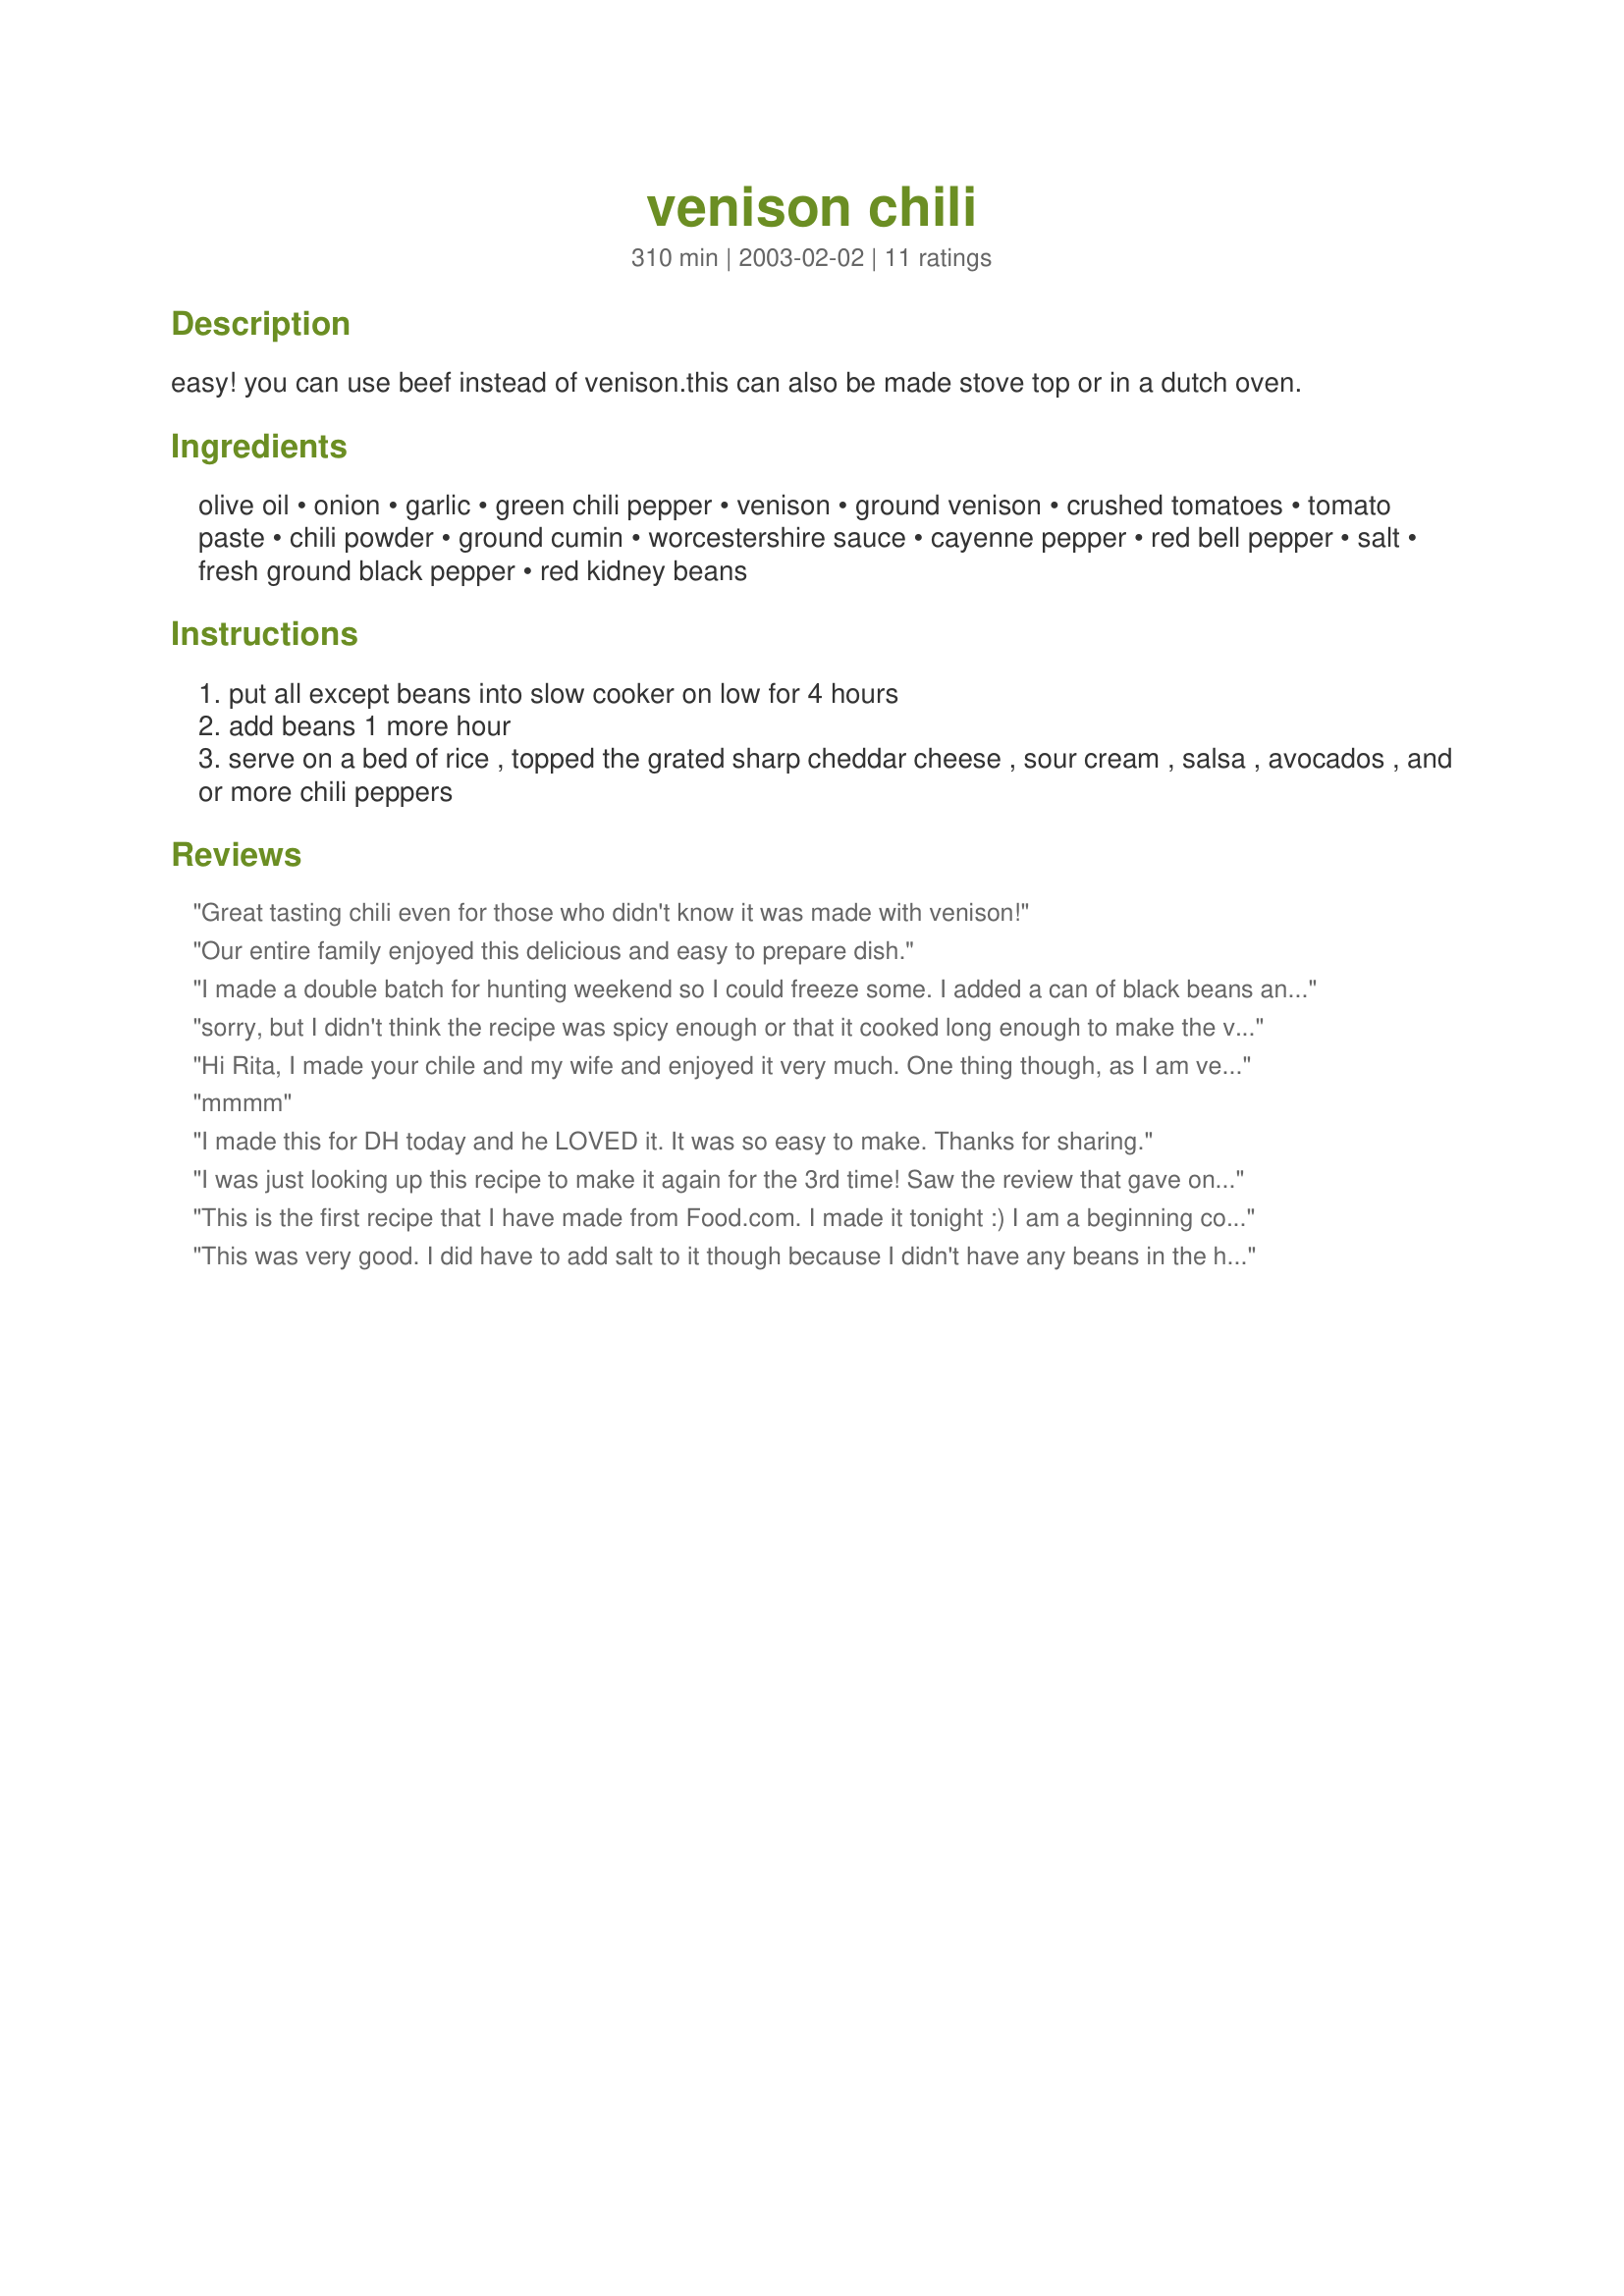
venison chili
Preparation time: 310 minutes

easy! you can use beef instead of venison.this can also be made stove top or in a dutch oven.

Ingredients:
olive oil, onion, garlic, green chili pepper, venison, ground venison, crushed tomatoes, tomato paste, chili powder, ground cumin, worcestershire sauce, cayenne pepper, red bell pepper, salt, fresh ground black pepper, red kidney beans

Steps:
put all except beans into slow cooker on low for 4 hours
add beans 1 more hour
serve on a bed of rice , topped the grated sharp cheddar cheese , sour cream , salsa , avocados , and or more chili peppers

Reviews:
Great tasting chili even for those who didn't know it was made with venison!
Our entire family enjoyed this delicious and easy to prepare dish.
I made a double batch for hunting weekend so I could freeze some. I added a can of black beans and some corkscrew noodles. Served it with Fritos, sour cream and sharp cheddar... YUM!
sorry, but I didn't think the recipe was spicy enough or that it cooked long enough to make the venison tender.
Hi Rita, 
 I made your chile and my wife and enjoyed it very much. One thing though, as I am very new an amateur cook I was left in doubt as to whether I should brown the meat or saute' the onions.
mmmm
I made this for DH today and he LOVED it. It was so easy to make. Thanks for sharing.
I was just looking up this recipe to make it again for the 3rd time! Saw the review that gave one star and thought I should balance it out!!

We LOVE this recipe - I combine all the ingriedients in the evening and then stick into our wood stove in the morning - cook all day and it is simply fantastic! Great for entertaining as you can forget it.

I add a tablespoon of cocoa powder - seems to make it just a little better! YUM!
This is the first recipe that I have made from Food.com. I made it tonight :) I am a beginning cook and have tried a few other chili recipes but this one blows them all out of the water. The only change I made was that I used 2 pounds of ground venison with beef fat instead of the cuts of venison the recipe called for. I also browned the meat first. My boyfriend absolutely loved it too and that's what I was aiming for :)
This was very good. I did have to add salt to it though because I didn't have any beans in the house at all, which made my hubby happy. I will be making this again as it is simple to make and tastes good too.
I made this with all venison and the only change I made was to use chili beans instead of the kidney beans. It was a really good tasting chili! Just the right heat for us. We enjoyed it with a salad and buttered saltine crackers. Very good, nice and thick! I will make this again. Thanks Rita!
